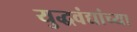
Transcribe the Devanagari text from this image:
युद्धवंद्यांच्या